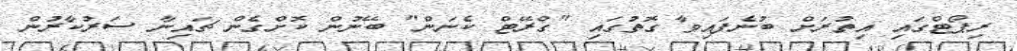
ރިޕޯޓްގައި އިތުރަށް ބުނެފައިވާ ގޮތުގައި "ގްރޭޓް ކެނަން" ބޭނުން ކޮށްގެން ޗައިނާ ސަރުކާރުން